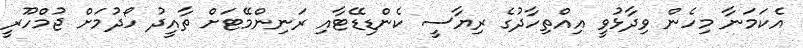
އެކަމަނާ މިހެން ވިދާޅުވީ އިއްތިހާދުގެ ރިޔާސީ ކެންޑިޑޭޓާއި ރަނިންމޭޓަށް ތާއީދު ހޯދުމަށް ޖުމްހޫރީ